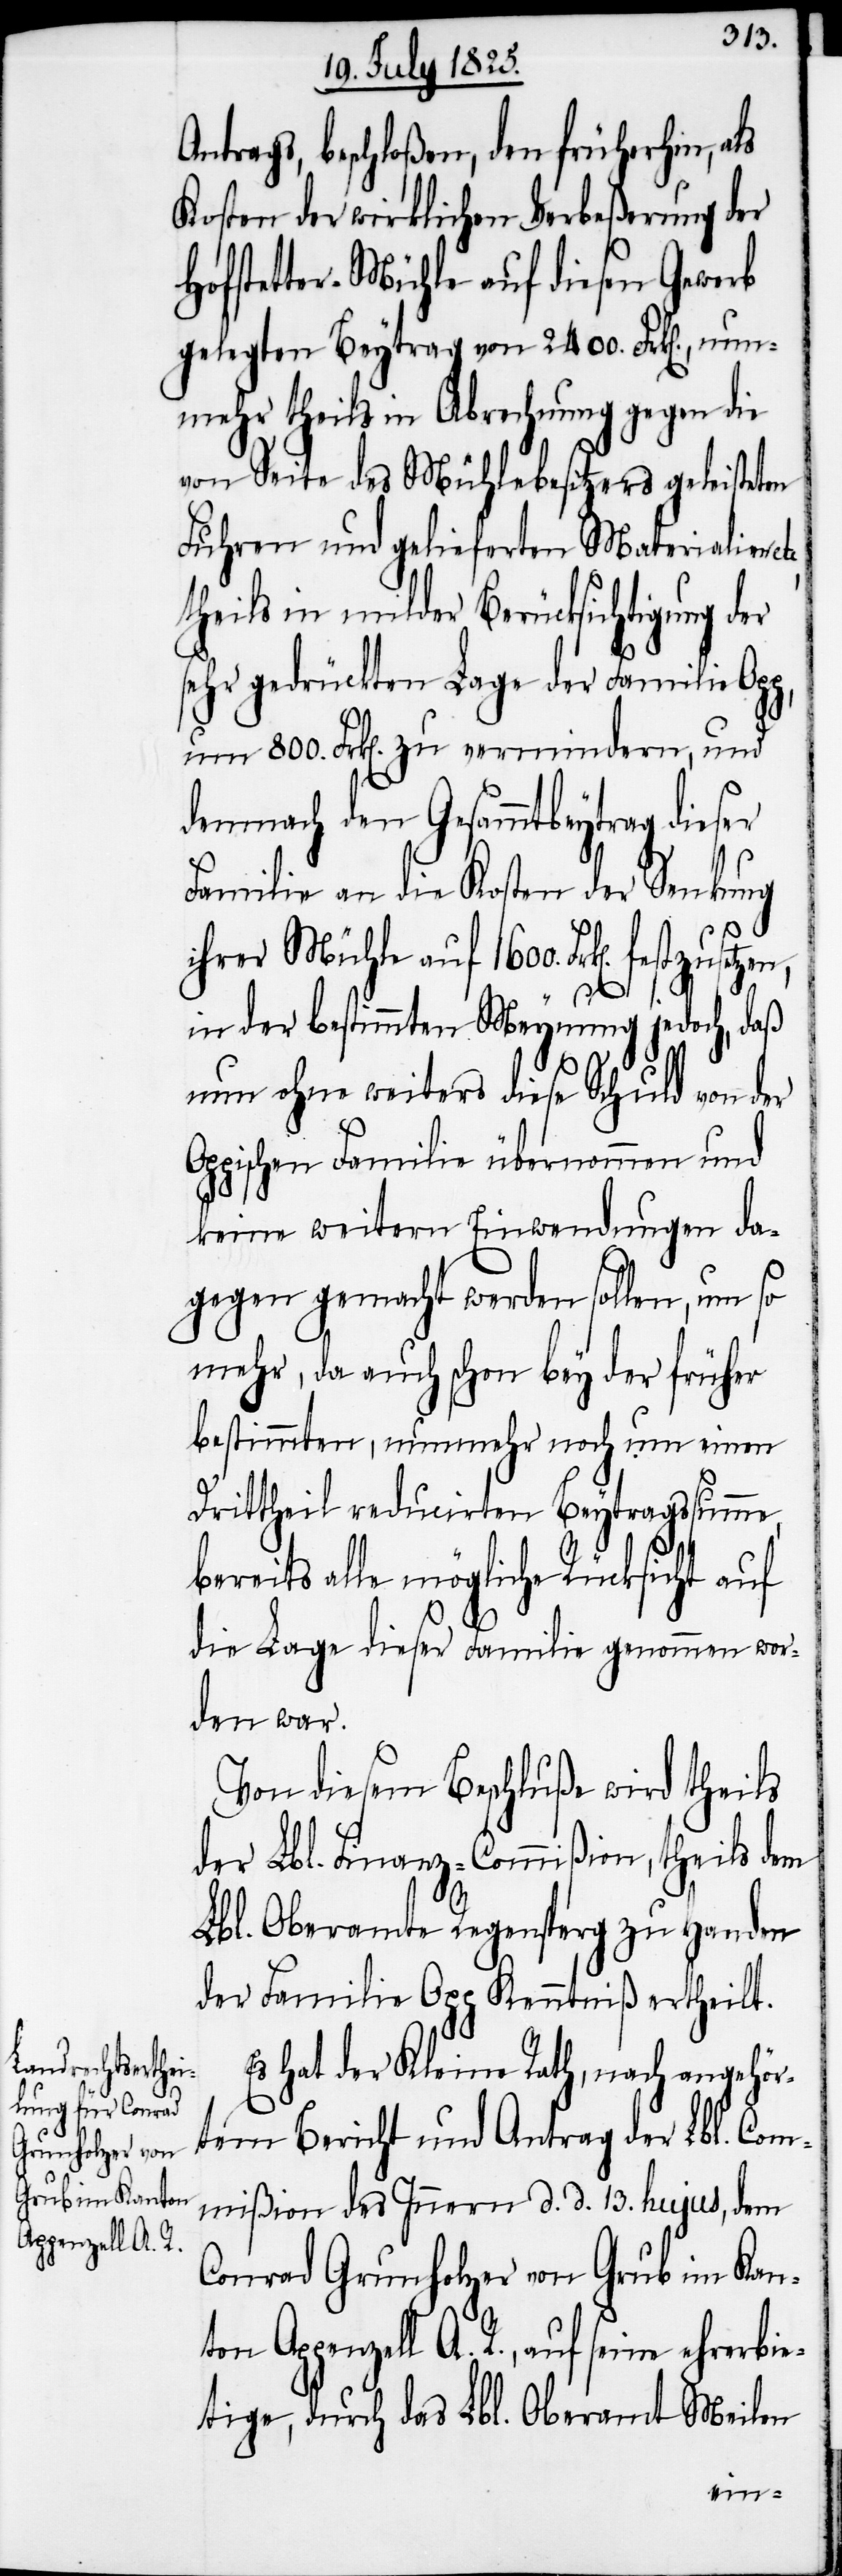
Appenzell A. R.,

Antrags, beschloßen, den früherhin, als
Kosten der wirklichen Verbeßerung der
Hofstetter-Mühle auf diesen Gewerb
gelegten Beytrag von 2400. Frk[en]., nun¬
mehr theils in Abrechnung gegen die
von Seite des Mühlebesitzers geleisteten
Fuhren und gelieferten Materialien
theils in milder Berücksichtigung der
sehr gedrückten Lage der Familie
um 800. Frk[en]. zu vermindern, und
demnach den Gesammtbeytrag dieser
Familie an die Kosten der Senkung
ihrer Mühle auf 1600. Frk[en].
ehrerbi¬
in der bestimmten Meynung jedoch, daß
nun ohne weiters diese Schuld von der
Oppischen Familie übernommen und
keine weitern Einwendungen da¬
gegen gemacht werden sollen, um so
mehr, da auch schon bey der früher
bestimmten, nunmehr noch um einen
Drittheil reducirten Beytragssumme
bereits alle mögliche Rücksicht auf
die Lage dieser Familie genommen wor¬
den war.
Von diesem Beschluße wird theils
der Lbl. Finanz-Commißion, theils dem
Lbl. Oberamte Regensperg zu Handen
der Familie Opp Kenntniß ertheilt.
Es hat der Kleine Rath, nach angehör¬
tem Bericht und Antrag der Lbl. Com¬
mißion des Innern d. d. 13 hujus, dem
Conrad Grunholzer von Grub im Kan¬
etige, durch das Lbl. Oberamt Meilen
seine